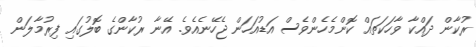
ރުކާން ދައްކާ ވާހަކަތައް ކޮންމެހެންވެސް އަޑުއަހަން ޖެހޭނެއެވެ. އޭނާ ރުކާންގެ ބޮލުގައި ފިރުމާލަން